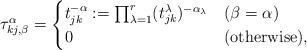
LaTeX: \begin{align*} \tau^\alpha_{kj, \beta} = \begin{cases} t_{jk}^{-\alpha}:=\prod_{\lambda=1}^r(t_{jk}^\lambda)^{-\alpha_\lambda} & (\beta=\alpha) \\ 0 & ({\rm otherwise}), \end{cases}\end{align*}